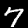
Digit: 7